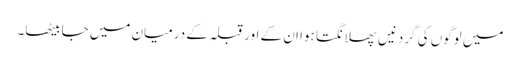
میں لوگوں کی گردنیں پھلانگتا ہوا ان کے اور قبلہ کے درمیان میں جا بیٹھا۔